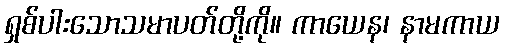
ရှစ်ပါးသောသမာပတ်တို့ကို။ ကာယေန၊ နာမကာယ